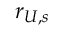
r _ { U , s }